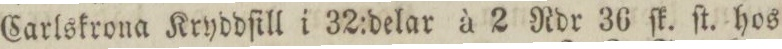
Carlskrona Kryddſill i 32:delar à 2 Rdr 36 ſk. ſt. hos